Lunatic asylums Central Provinces reports 1895-1909 - 1895-1909
Year: 1895
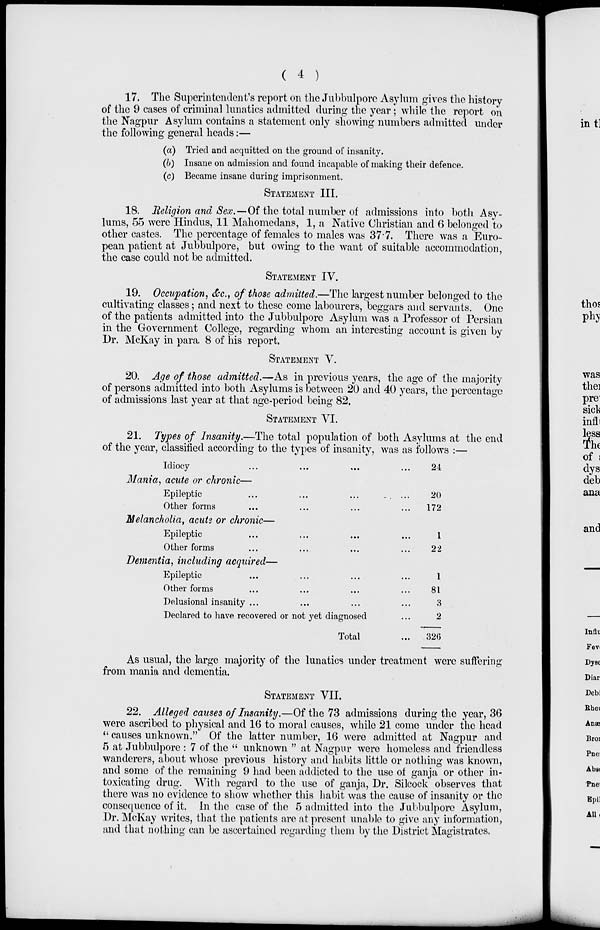
( 4 )
17. The Superintendent's report on the Jubbulpore Asylum gives the history
of the 9 cases of criminal lunatics admitted during the year; while the report on
the Nagpur Asylum contains a statement only showing numbers admitted under
the following general heads:—
(a) Tried and acquitted on the ground of insanity.
(b) Insane on admission and found incapable of making their defence.
(c) Became insane during imprisonment.
STATEMENT III.
18. Religion and Sex.—Of the total number of admissions into both Asy-
lums, 55 were Hindus, 11 Mahomedans, 1, a Native Christian and 6 belonged to
other castes. The percentage of females to males was 37.7. There was a Euro-
pean patient at Jubbulpore, but owing to the want of suitable accommodation,
the case could not be admitted.
STATEMENT IV.
19. Occupation, &c., of those admitted.—The largest number belonged to the
cultivating classes; and next to these come labourers, beggars and servants. One
of the patients admitted into the Jubbulpore Asylum was a Professor of Persian
in the Government College, regarding whom an interesting account is given by
Dr. McKay in para 8 of his report.
STATEMENT V.
20. Age of those admitted.—As in previous years, the age of the majority
of persons admitted into both Asylums is between 20 and 40 years, the percentage
of admissions last year at that age-period being 82.
STATEMENT VI.
21. Types of Insanity.—The total population of both Asylums at the end
of the year, classified according to the types of insanity, was as follows :—
Idiocy ... ... ... ...
Mania, acute or chronic—
Epileptic ... ... ... ...
Other forms ... ... ... ...
Melancholia, acute or chronic—
Epileptic ... ... ... ...
Other forms ... ... ... ...
Dementia, including acquired—
Epileptic ... ... ... ...
Other forms ... ... ... ...
Delusional insanity ... ... ... ...
Declared to have recovered or not yet diagnosed ...
Total ...
24
20
172
1
22
1
81
3
2
326
As usual, the large majority of the lunatics under treatment were suffering
from mania and dementia.
STATEMENT VII.
22. Alleged causes of Insanity.—Of the 73 admissions during the year, 36
were ascribed to physical and 16 to moral causes, while 21 come under the head
"causes unknown." Of the latter number, 16 were admitted at Nagpur and
5 at Jubbulpore : 7 of the " unknown " at Nagpur were homeless and friendless
wanderers, about whose previous history and habits little or nothing was known,
and some of the remaining 9 had been addicted to the use of ganja or other in-
toxicating drug. With regard to the use of ganja, Dr. Silcock observes that
there was no evidence to show whether this habit was the cause of insanity or the
consequence of it. In the case of the 5 admitted into the Jubbulpore Asylum,
Dr. McKay writes, that the patients are at present unable to give any information,
and that nothing can be ascertained regarding them by the District Magistrates.